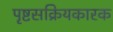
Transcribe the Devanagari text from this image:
पृष्टसक्रियकारक